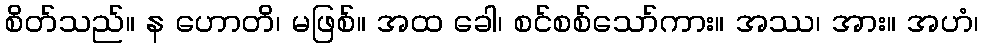
စိတ်သည်။ န ဟောတိ၊ မဖြစ်။ အထ ခေါ၊ စင်စစ်သော်ကား။ အဿ၊ အား။ အဟံ၊